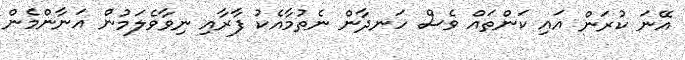
އޭނަ ކުރަން އައި ކަންތައް ވެސް ހަނދާން ނެތުމާއެކު ފާރާއި ނިވާވެލަމުން އަނާންމެން